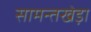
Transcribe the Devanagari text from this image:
सामन्तखेड़ा